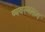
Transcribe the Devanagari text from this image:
व्यवस्थाक्रम